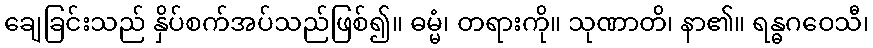
ချေခြင်းသည် နှိပ်စက်အပ်သည်ဖြစ်၍။ ဓမ္မံ၊ တရားကို။ သုဏာတိ၊ နာ၏။ ရန္ဓဂဝေသီ၊